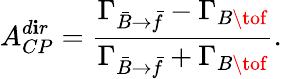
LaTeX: A_{CP}^{d\mathbf{i}r}=\frac{{\Gamma_{\bar{{B}}\to\bar{{f}}}-\Gamma_{B\tof}}}{{\Gamma_{\bar{{B}}\to\bar{{f}}}+\Gamma_{B\tof}}}.